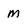
Character: M